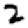
Digit: 2